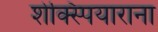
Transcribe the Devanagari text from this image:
शेक्स्पियाराना